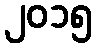
၂၀၁၅